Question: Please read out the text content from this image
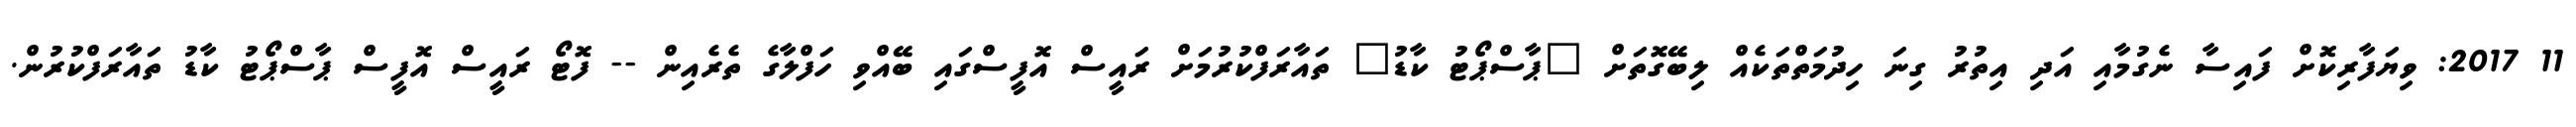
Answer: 11 2017: ވިޔަފާރިކޮށް ފައިސާ ނެގުމާއި އަދި އިތުރު ގިނަ ހިދުމަތްތަކެއް ލިބޭގޮތަށް "ޕާސްޕޯޓު ކާޑު" ތައާރަފްކުރުމަށް ރައީސް އޮފީސްގައި ބޭއްވި ހަފްލާގެ ތެރެއިން -- ފޮޓޯ ރައީސް އޮފީސް ޕާސްޕޯޓު ކާޑު ތައާރަފްކުރުން.